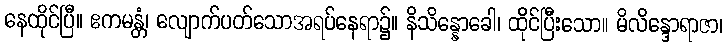
နေထိုင်ပြီ။ ဧကမန္တံ၊ လျောက်ပတ်သောအရပ်နေရာ၌။ နိသိန္နောခေါ၊ ထိုင်ပြီးသော။ မိလိန္ဒောရာဇာ၊